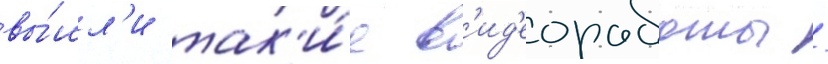
вы́шл'и так'и́е в'ид'еоработы /